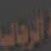
الرجالية